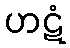
ဟဋံ